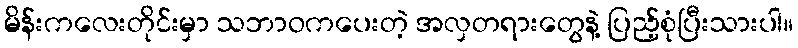
မိန်းကလေးတိုင်းမှာ သဘာဝကပေးတဲ့ အလှတရားတွေနဲ့ ပြည့်စုံပြီးသားပါ။